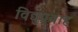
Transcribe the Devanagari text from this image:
विद्युप्रवाह